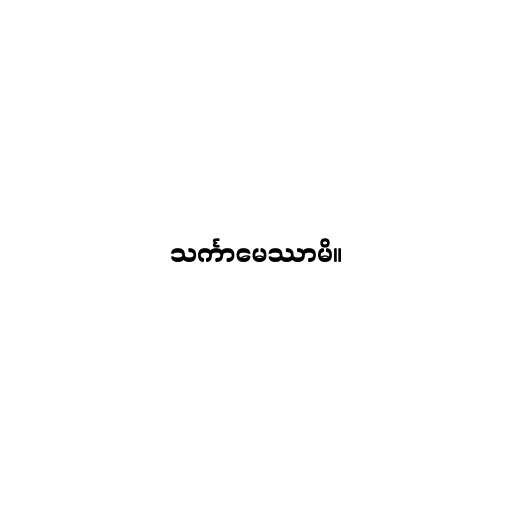
သင်္ကာမေဿာမိ။